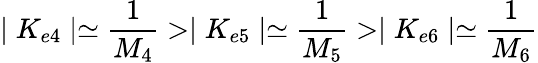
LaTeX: \mid K_{e4}\mid\simeq\frac{1}{M_{4}}>\mid K_{e5}\mid\simeq\frac{1}{M_{5}}>\mid K_{e6}\mid\simeq\frac{1}{M_{6}}